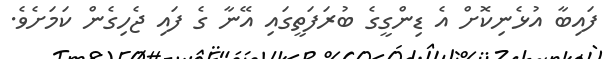
ފައިބާ އުޅެނިކޮށް އެ ޑިންގީގެ ބުރަފަތީގައި އޭނާ ގެ ފައި ޖެހިގެން ކަމަށެވެ.